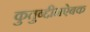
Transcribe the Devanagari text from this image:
कुतुब्द्दीनऐबक